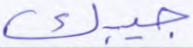
جيبك